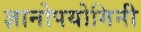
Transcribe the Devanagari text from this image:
ज्ञानोपयोगिनी